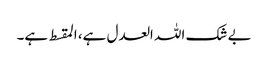
بے شک اللہ العدل ہے، المقسط ہے۔